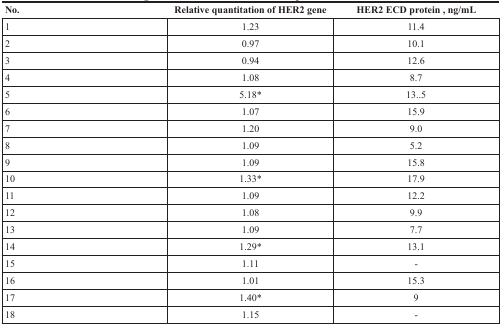
<table><thead><tr><td><b>No.</b></td><td><b>Relative quantitation of HER2 gene</b></td><td><b>HER2 ECD protein, ng/mL</b></td></tr></thead><tbody><tr><td>1</td><td>1.23</td><td>11.4</td></tr><tr><td>2</td><td>0.97</td><td>10.1</td></tr><tr><td>3</td><td>0.94</td><td>12.6</td></tr><tr><td>4</td><td>1.08</td><td>8.7</td></tr><tr><td>5</td><td>5.18*</td><td>13..5</td></tr><tr><td>6</td><td>1.07</td><td>15.9</td></tr><tr><td>7</td><td>1.20</td><td>9.0</td></tr><tr><td>8</td><td>1.09</td><td>5.2</td></tr><tr><td>9</td><td>1.09</td><td>15.8</td></tr><tr><td>10</td><td>1.33*</td><td>17.9</td></tr><tr><td>11</td><td>1.09</td><td>12.2</td></tr><tr><td>12</td><td>1.08</td><td>9.9</td></tr><tr><td>13</td><td>1.09</td><td>7.7</td></tr><tr><td>14</td><td>1.29*</td><td>13.1</td></tr><tr><td>15</td><td>1.11</td><td>-</td></tr><tr><td>16</td><td>1.01</td><td>15.3</td></tr><tr><td>17</td><td>1.40*</td><td>9</td></tr><tr><td>18</td><td>1.15</td><td>-</td></tr></tbody></table>